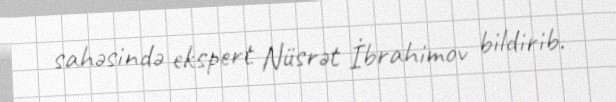
sahəsində ekspert Nüsrət İbrahimov bildirib.